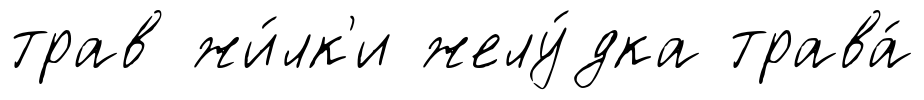
трав жи́лк'и желу́дка трава́